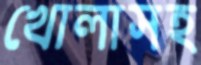
খোলাসহ